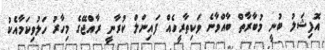
އޮފިޝަލު ބުނީ މުބާރާތް ބާއްވާނެ ވަކިތާރީހެއް ފައިނަލް ކުރާނީ ރާއްޖޭގެ މިހާރު ހަލުވިކަމާއެކު